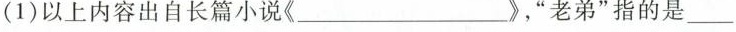
(1)以上内容出自长篇小说《___》，”老弟“指的是___